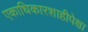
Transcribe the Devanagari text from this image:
एकाधिकारशाहीपेक्षा